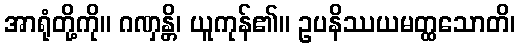
အာရုံတို့ကို။ ဂဏှန္တိ၊ ယူကုန်၏။ ဥပနိဿယမတ္ထသောတိ၊